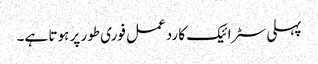
پہلی سٹرائیک کا ردعمل فوری طور پر ہوتا ہے۔